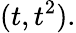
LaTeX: (t,t^{2}).